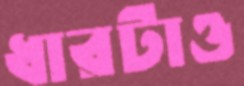
ধারটাও